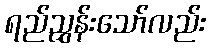
ရည်ညွှန်းသော်လည်း